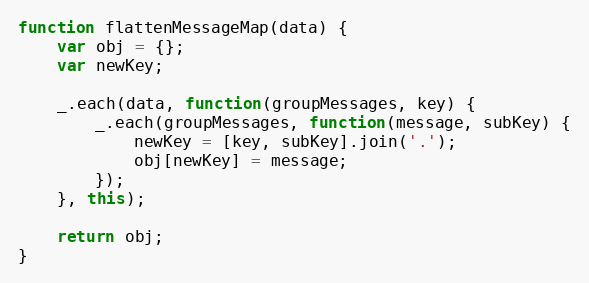
Language: JavaScript
function flattenMessageMap(data) {
    var obj = {};
    var newKey;

    _.each(data, function(groupMessages, key) {
        _.each(groupMessages, function(message, subKey) {
            newKey = [key, subKey].join('.');
            obj[newKey] = message;
        });
    }, this);

    return obj;
}